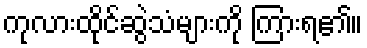
ကုလားထိုင်ဆွဲသံများကို ကြားရ၏။